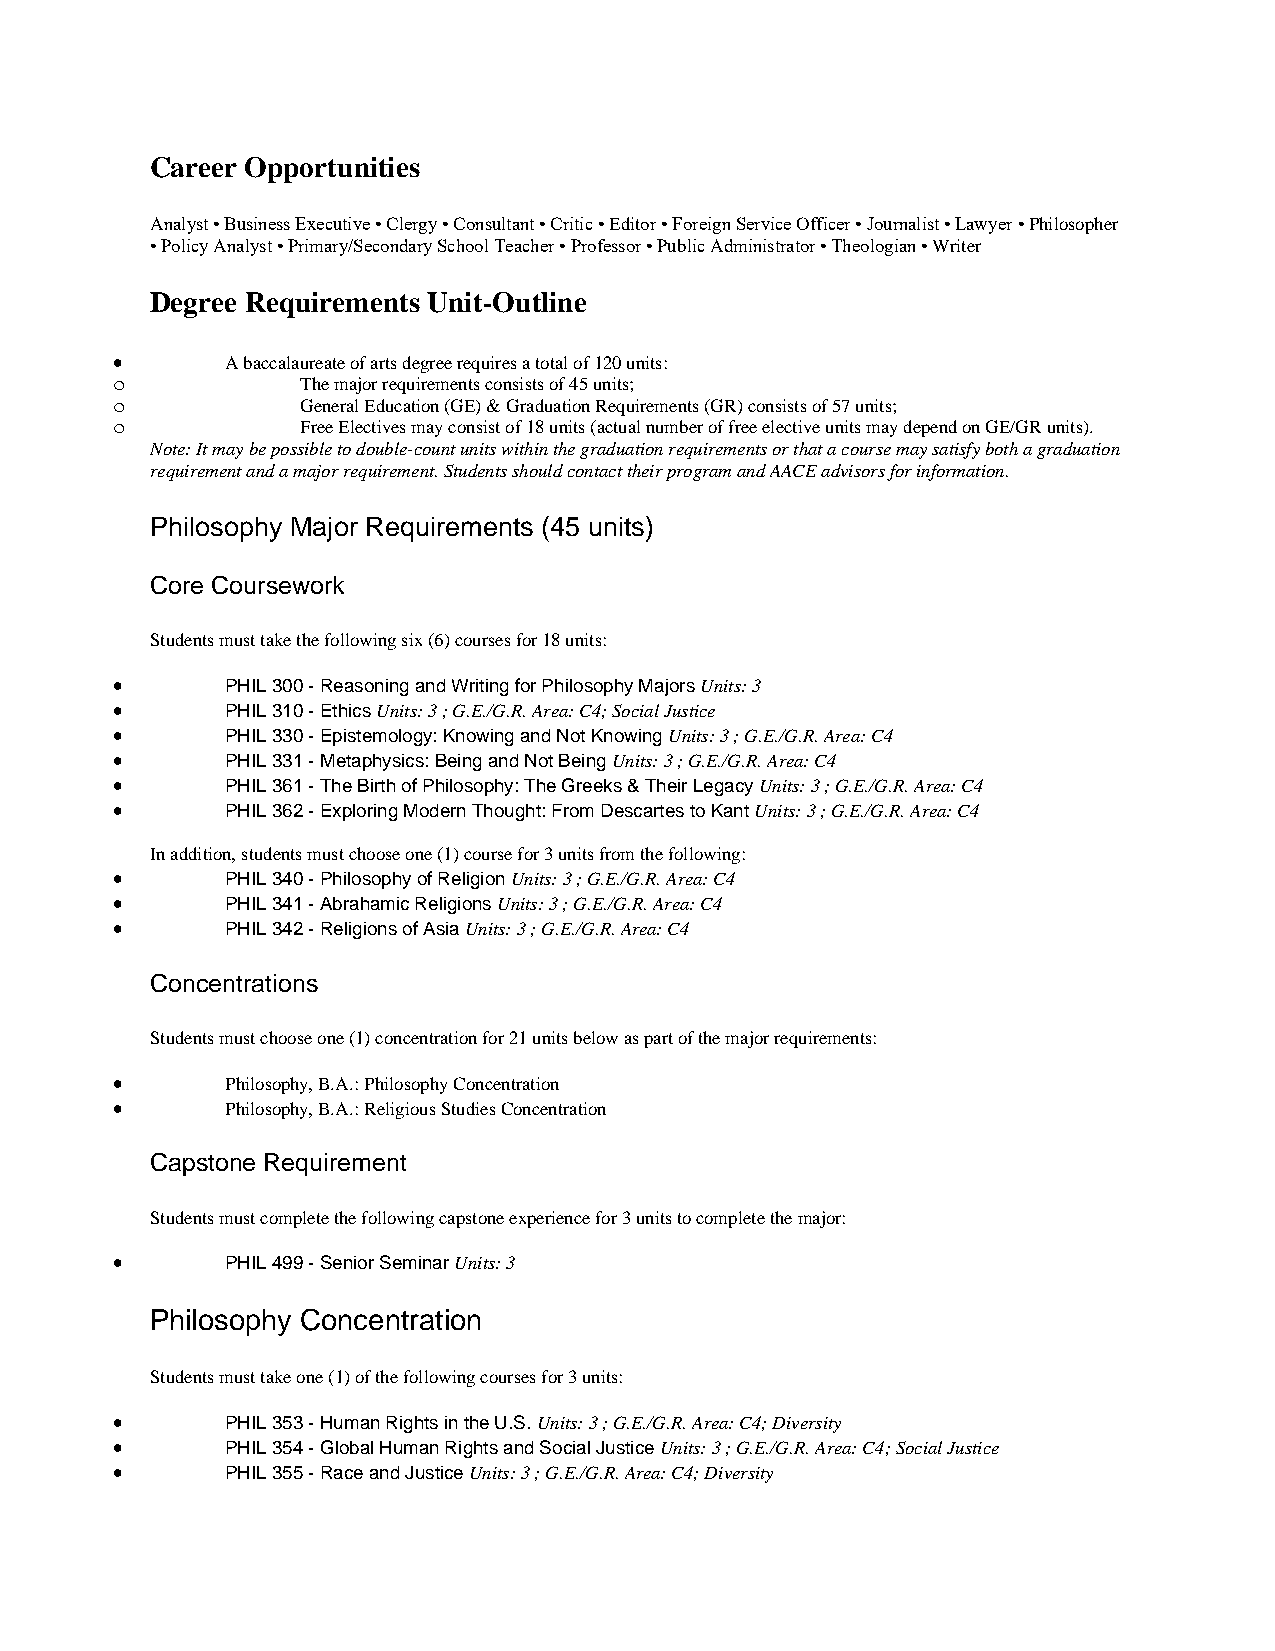
Career Opportunities
 Analyst • Business Executive • Clergy • Consultant • Critic • Editor • Foreign Service Officer • Journalist • Lawyer • Philosopher
 • Policy Analyst • Primary/Secondary School Teacher • Professor • Public Administrator • Theologian • Writer
 Degree Requirements Unit-Outline
 •       A baccalaureate of arts degree requires a total of 120 units:
 o            The major requirements consists of 45 units;
 o            General Education (GE) & Graduation Requirements (GR) consists of 57 units;
 o            Free Electives may consist of 18 units (actual number of free elective units may depend on GE/GR units).
 Note: It may be possible to double-count units within the graduation requirements or that a course may satisfy both a graduation
 requirement and a major requirement. Students should contact their program and AACE advisors for information.
 Philosophy Major Requirements (45 units)
 Core Coursework
 Students must take the following six (6) courses for 18 units:
 •       PHIL 300 - Reasoning and Writing for Philosophy Majors Units: 3
 •       PHIL 310 - Ethics Units: 3 ; G.E./G.R. Area: C4; Social Justice
 •       PHIL 330 - Epistemology: Knowing and Not Knowing Units: 3 ; G.E./G.R. Area: C4
 •       PHIL 331 - Metaphysics: Being and Not Being Units: 3 ; G.E./G.R. Area: C4
 •       PHIL 361 - The Birth of Philosophy: The Greeks & Their Legacy Units: 3 ; G.E./G.R. Area: C4
 •       PHIL 362 - Exploring Modern Thought: From Descartes to Kant Units: 3 ; G.E./G.R. Area: C4
 In addition, students must choose one (1) course for 3 units from the following:
 •       PHIL 340 - Philosophy of Religion Units: 3 ; G.E./G.R. Area: C4
 •       PHIL 341 - Abrahamic Religions Units: 3 ; G.E./G.R. Area: C4
 •       PHIL 342 - Religions of Asia Units: 3 ; G.E./G.R. Area: C4
 Concentrations
 Students must choose one (1) concentration for 21 units below as part of the major requirements:
 •       Philosophy, B.A.: Philosophy Concentration
 •       Philosophy, B.A.: Religious Studies Concentration
 Capstone Requirement
 Students must complete the following capstone experience for 3 units to complete the major:
 •       PHIL 499 - Senior Seminar Units: 3
 Philosophy Concentration
 Students must take one (1) of the following courses for 3 units:
 •       PHIL 353 - Human Rights in the U.S. Units: 3 ; G.E./G.R. Area: C4; Diversity
 •       PHIL 354 - Global Human Rights and Social Justice Units: 3 ; G.E./G.R. Area: C4; Social Justice
 •       PHIL 355 - Race and Justice Units: 3 ; G.E./G.R. Area: C4; Diversity